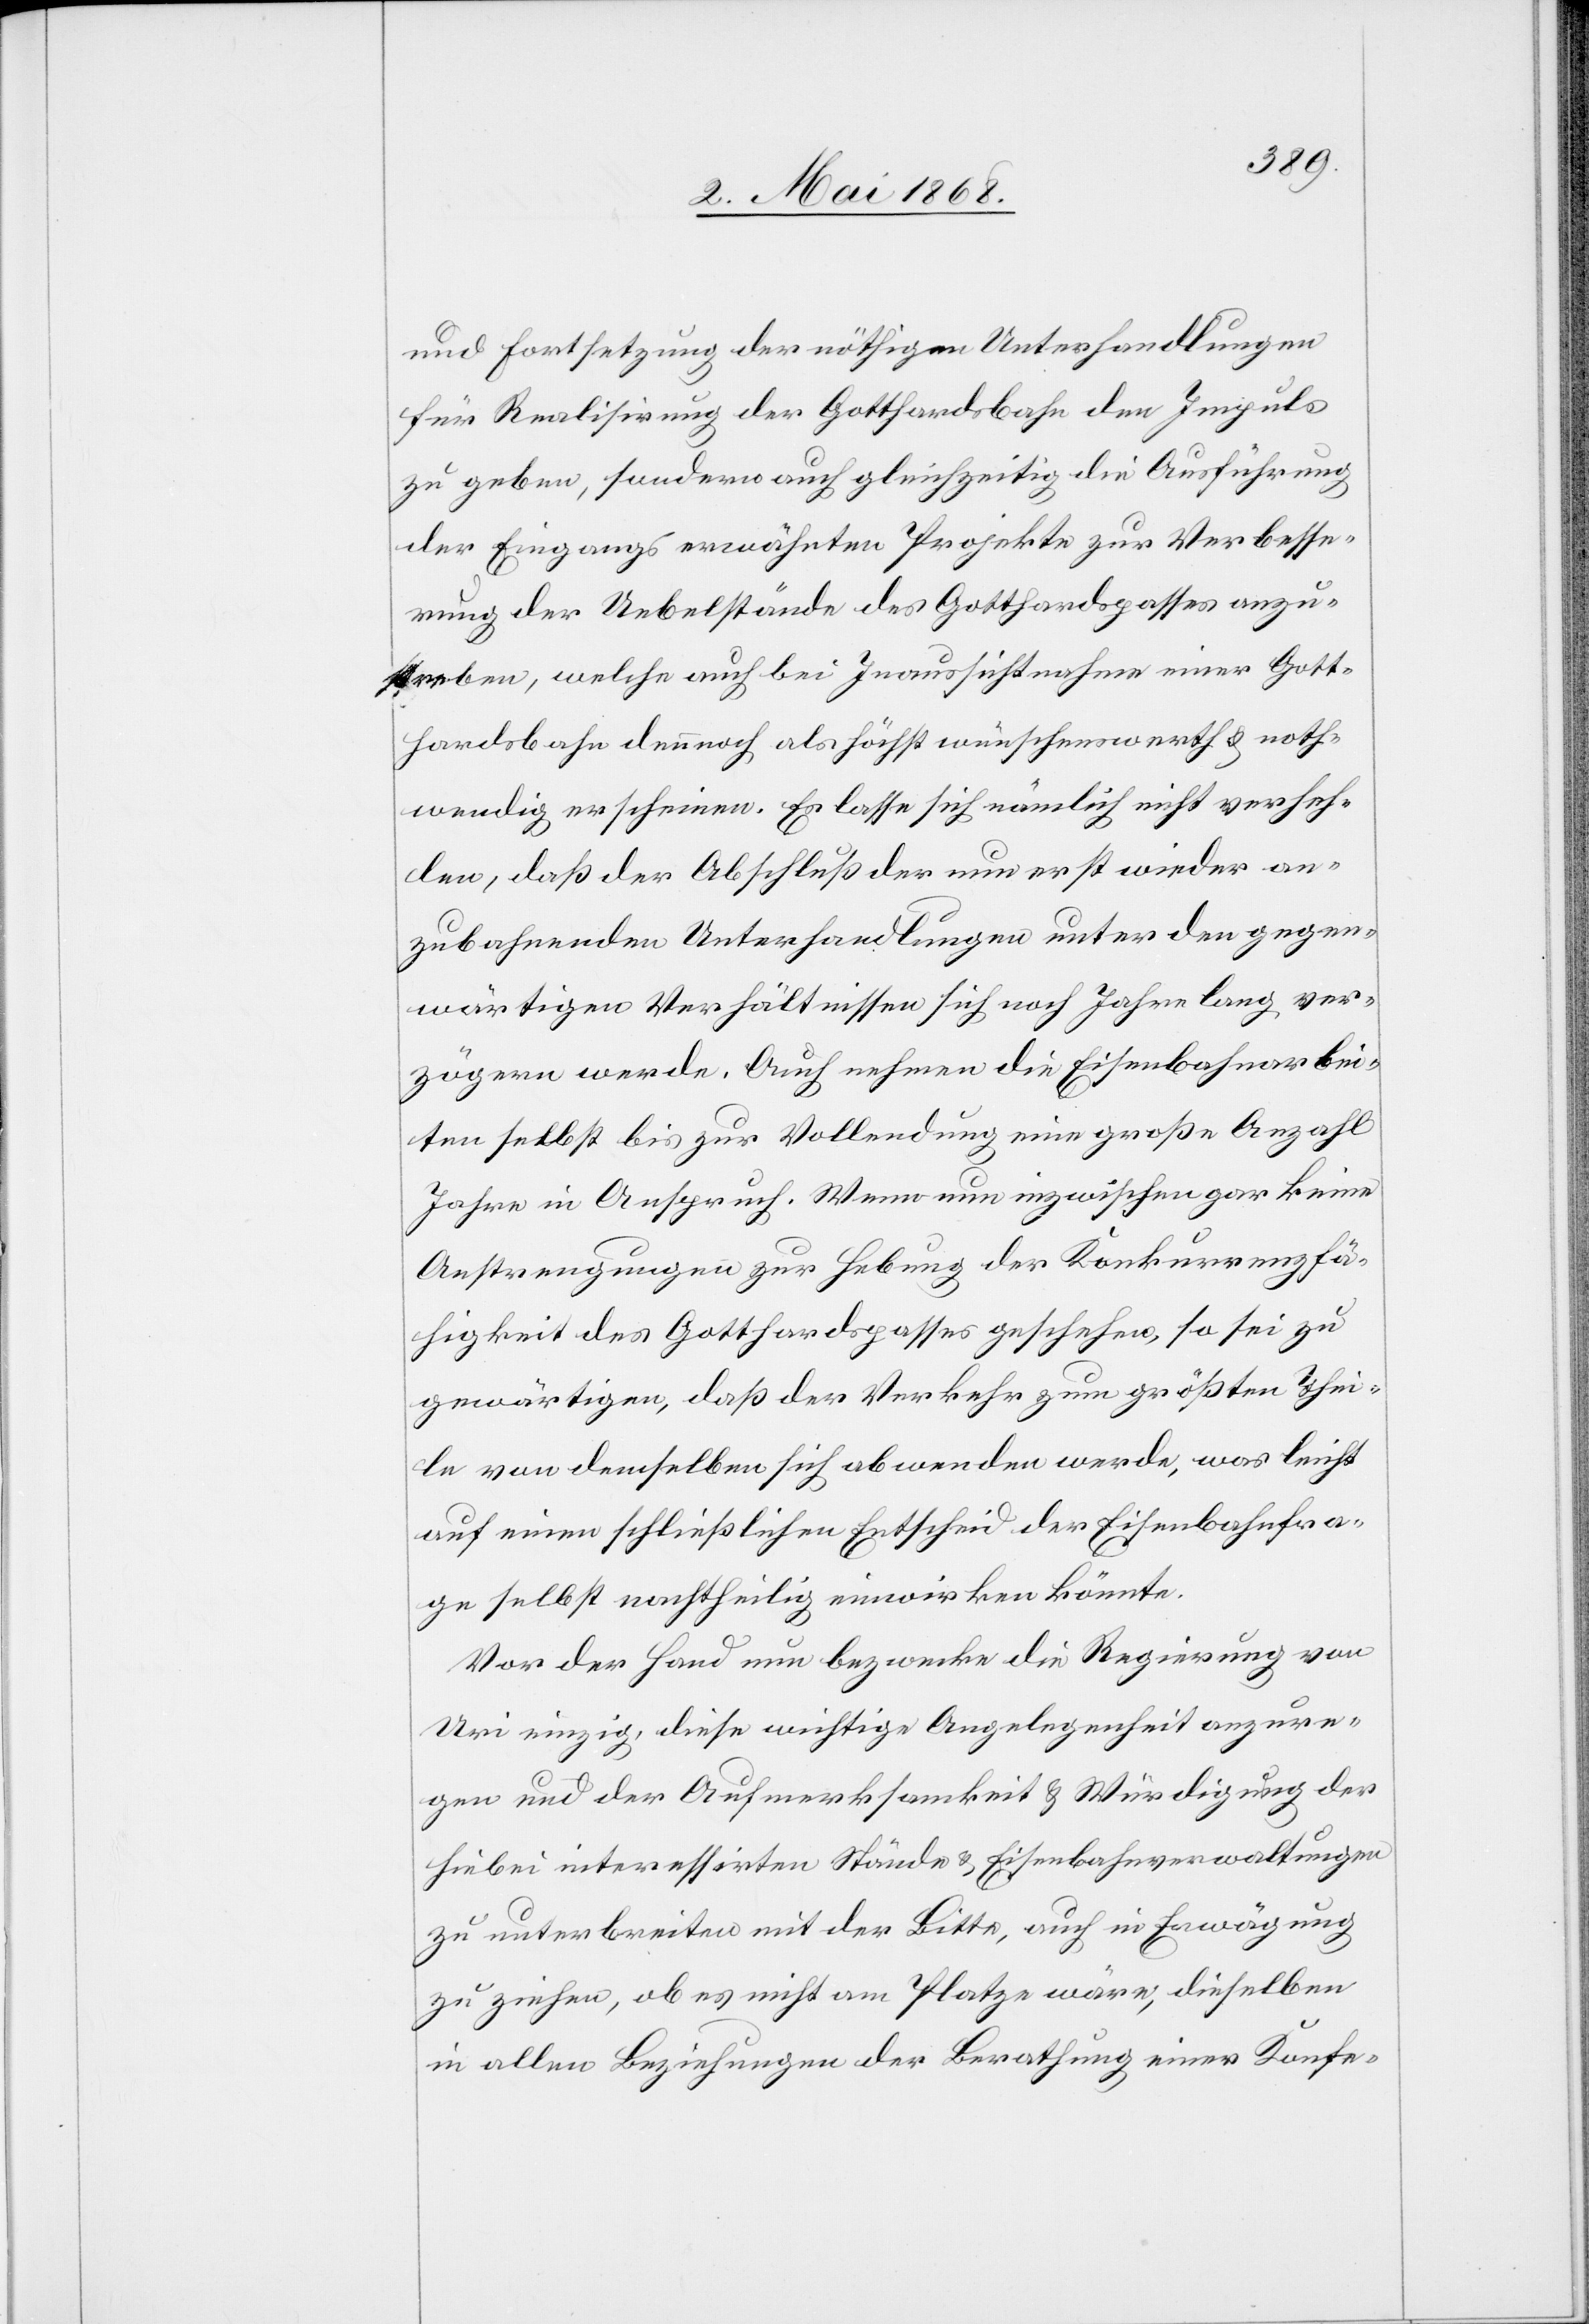
und Fortsetzung der nöthigen Unterhandlungen
für Realisirung der Gotthardsbahn den Impuls
zu geben, sondern auch gleichzeitig die Ausführung
der Eingangs erwähnten Projekte zur Verbesse¬
rung der Uebelstände des Gotthardspasses anzu¬
streben, welche auch bei Inaussichtnahme einer Gott¬
hardsbahn dennnoch [sic!] als höchst wünschenswerth & noth¬
wendig erscheinen. Es lasse sich nämlich nicht verheh¬
len, daß der Abschluß der nun erst wieder an¬
zubahnenden Unterhandlungen unter den gegen¬
wärtigen Verhältnissen sich noch Jahre lang ver¬
zögern werde. Auch nehmen die Eisenbahnarbei¬
ten selbst bis zur Vollendung eine große Anzahl
Jahre in Anspruch. Wenn nun inzwischen gar keine
Anstrengungen zur Hebung der Konkurrenzfä¬
higkeit des Gotthardspasses geschehen, so sei zu
gewärtigen, daß der Verkehr zum größten Thei¬
le von demselben sich abwenden werde, was leicht
auf einen schließlichen Entscheid der Eisenbahnfra¬
ge selbst nachtheilig einwirken könnte.
Vor der Hand nun bezwecke die Regierung von
Uri einzig, diese wichtige Angelegenheit anzure¬
gen und der Aufmerksamkeit & Würdigung der
hiebei interessirten Stände & Eisenbahnverwaltungen
zu unterbreiten mit der Bitte, auch in Erwägung
zu ziehen, ob es nicht am Platze wäre, dieselben
in allen Beziehungen der Berathung einer Konfe-